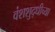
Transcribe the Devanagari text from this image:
वंशशुद्धीच्या